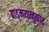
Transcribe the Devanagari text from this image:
वाड्मयानुसार